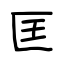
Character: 匡